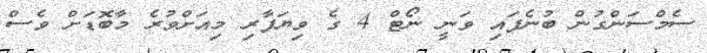
ސެމްސަންގުން ބުނެފައި ވަނީ ނޯޓް 4 ގެ ވިޔަފާރި މިއަށްވުރެ މާބޮޑަށް ވެސް